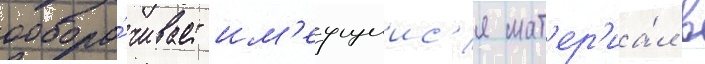
обора́чивает им'еущиис'я мат'ер'иа́л в